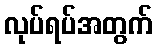
လုပ်ရပ်အတွက်